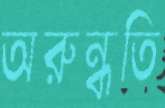
অরুন্ধতি